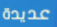
عديدة